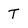
Character: T